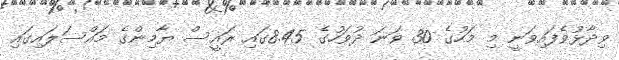
ވިދާޅުވެފައިވަނީ މި މަހުގެ 30 ވަނަ ދުވަހުގެ 8.45ގައި ރައީސް ޔާމިންގެ މައްސަލައިގައި